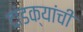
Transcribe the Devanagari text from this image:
दांडक्यांची